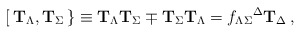
\begin{align*}{}[\, {\bf T}_\Lambda , {\bf T}_\Sigma\, \} \equiv{\bf T}_\Lambda {\bf T}_\Sigma \mp {\bf T}_\Sigma {\bf T}_\Lambda= f_{\Lambda\Sigma}{}^\Delta {\bf T}_\Delta\,,\end{align*}